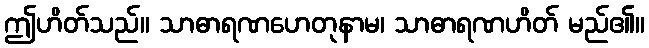
ဤဟိတ်သည်။ သာဓာရဏဟေတုနာမ၊ သာဓာရဏဟိတ် မည်၏။